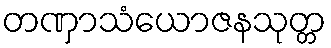
တဏှာသံယောဇနသုတ္တ